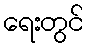
ရေးတွင်